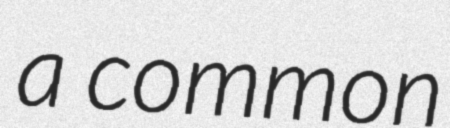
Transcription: a common